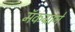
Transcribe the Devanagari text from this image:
मॅकग्राने